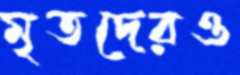
মৃতদেরও